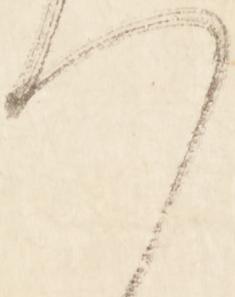
へ